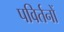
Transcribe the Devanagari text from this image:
पविर्तनों